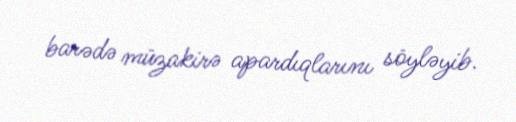
barədə müzakirə apardıqlarını söyləyib.